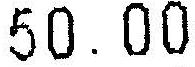
50.00